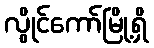
လွိုင်ကော်မြို့ရှိ